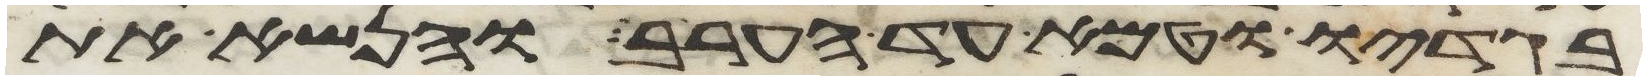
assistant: בגדיו וטמא עד הערב והנשא את